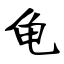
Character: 龟